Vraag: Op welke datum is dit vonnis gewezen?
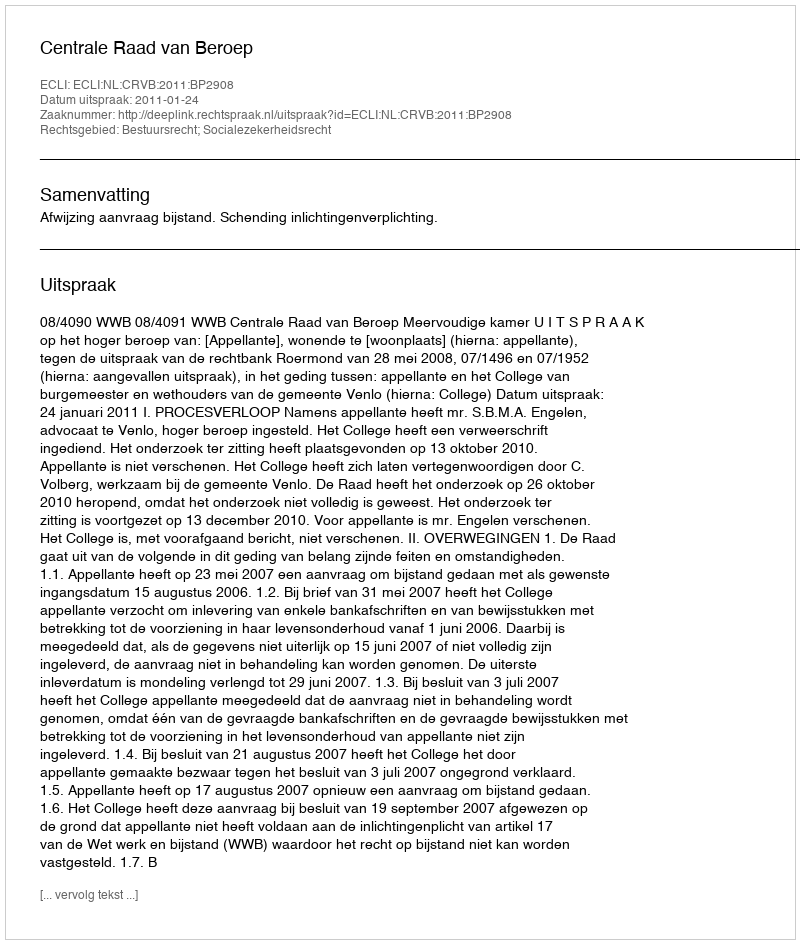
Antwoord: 2011-01-24